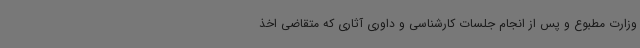
وزارت مطبوع و پس از انجام جلسات کارشناسی و داوری آثاری که متقاضی اخذ